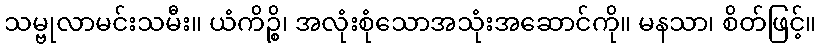
သမ္ဗုလာမင်းသမီး။ ယံကိဉ္စိ၊ အလုံးစုံသောအသုံးအဆောင်ကို။ မနသာ၊ စိတ်ဖြင့်။